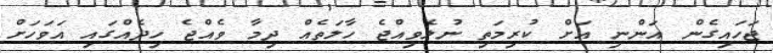
ޖަހައިގެން އަންނި އަށް ކުރިމަތި ނުލެވިއްޖެ ހާލަތެއް ދިމާ ވެއްޖެ ހިދެއްގައި އަވަހަށް